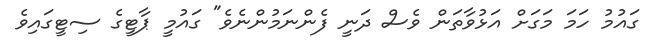
ގައުމު ހަމަ މަގަށް އަޅުވާތަން ވެސް ދަނީ ފެންނަމުންނެވެ" ގައުމީ ޕާޓީގެ ސިޓީގައިވެ